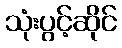
သုံးပွင့်ဆိုင်